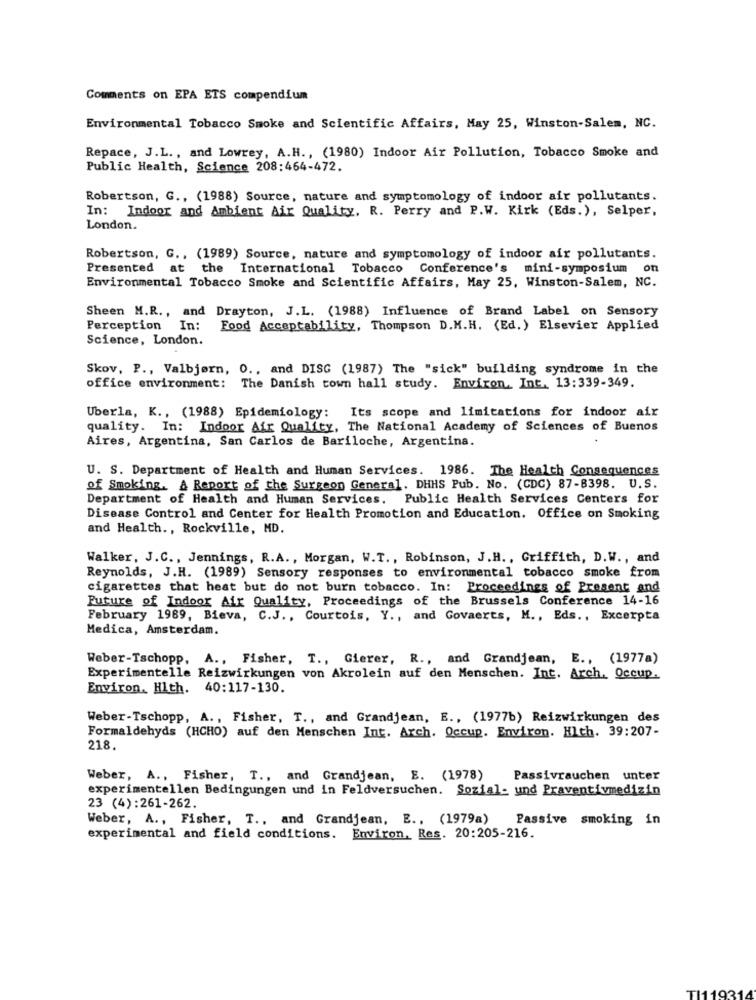
Comments on EPA ETS compendium
Environmental Tobacco Smoke and Scientific Affairs, May 25, Winston-Salem, NC.
Repace, J.L ., and Lowrey, A.H ., (1980) Indoor Air Pollution, Tobacco Smoke and
Public Health, Science 208:464-472.
Robertson, G ., (1988) Source, nature and symptomology of indoor air pollutants.
In: Indoor and Ambient Air Quality, R. Perry and P.W. Kirk (Eds. ), Selper,
London.
Robertson, G ., (1989) Source, nature and symptomology of indoor air pollutants.
Presented at the International Tobacco
Conference's mini-symposium on
Environmental Tobacco Smoke and Scientific Affairs, May 25, Winston-Salem, NC.
Sheen M.R ., and Drayton, J.L. (1988) Influence of Brand Label on Sensory
Perception In:
Food Acceptability, Thompson D.M.H. (Ed.) Elsevier Applied
Science, London.
Skov, P ., Valbjørn, O ., and DISG (1987) The "sick" building syndrome in the
office environment: The Danish town hall study. Environ. Int. 13:339-349.
Uberla, K ., (1988) Epidemiology: Its scope and limitations for indoor air
quality. In: Indoor Air Quality, The National Academy of Sciences of Buenos
Aires, Argentina, San Carlos de Bariloche, Argentina.
U. S. Department of Health and Human Services. 1986. The Health Consequences
of Smoking. & Report of the Surgeon General. DHHS Pub. No. (CDC) 87-8398. U.S.
Department of Health and Human Services. Public Health Services Centers for
Disease Control and Center for Health Promotion and Education. Office on Smoking
and Health ., Rockville, MD.
Walker, J.C ., Jennings, R.A ., Morgan, W.T ., Robinson, J. H ., Griffith, D.W ., and
Reynolds, J.H. (1989) Sensory responses to environmental tobacco smoke from
cigarettes that heat but do not burn tobacco. In: Proceedings of Present and
Future of Indoor Air Quality, Proceedings of the Brussels Conference 14-16
February 1989, Bieva, C.J ., Courtois, Y ., and Govaerts, M ., Eds ., Excerpta
Medica, Amsterdam.
Weber-Tschopp, A ., Fisher, T ., Gierer, R ., and Grandjean, E ., (1977a)
Experimentelle Reizwirkungen von Akrolein auf den Menschen. Int. Arch. Occup.
Environ, Hlth. 40:117-130.
Weber-Tschopp, A ., Fisher, T ., and Grandjean, E ., (1977b) Reizwirkungen des
Formaldehyds (HCHO) auf den Menschen Int. Arch. Occup. Environ. Hich. 39:207-
218.
Weber, A ., Fisher, T ., and Grandjean, E. (1978)
Passivrauchen unter
experimentellen Bedingungen und in Feldversuchen. Sozial- und Praventivmedizin
23 (4):261-262.
Weber, A ., Fisher, T ., and Grandjean, E ., (1979a)
Passive smoking in
experimental and field conditions. Environ, Res. 20:205-216.